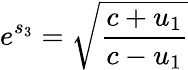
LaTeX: e^{s_{3}}={\sqrt{\frac{c+u_{1}}{c-u_{1}}}}